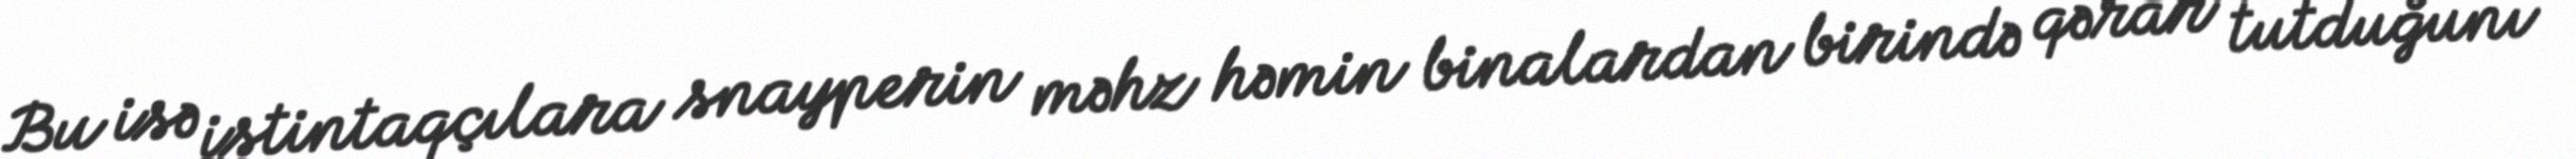
Bu isə istintaqçılara snayperin məhz həmin binalardan birində qərar tutduğunı